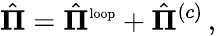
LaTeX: \hat{\mathbf\Pi}=\hat{\mathbf\Pi}^{\mathrm{\scriptsize{loop}}}+\hat{\mathbf\Pi}^{(c)}\, ,